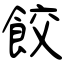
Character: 餃